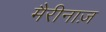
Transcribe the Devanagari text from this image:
मैरीनाज़